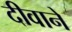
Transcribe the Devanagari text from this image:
दीवानें